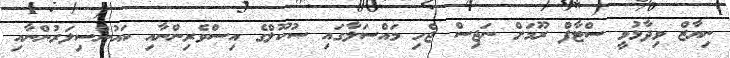
ނިޔާޒް ވިދާޅުވީ ސްޓާފް ރޫމަށް ނަޖިސް ޖެހި މައްސަލާގައި ސުކޫލްގެ އިސްވެރިންނާއި ކައުންސިލަރުންނާއި